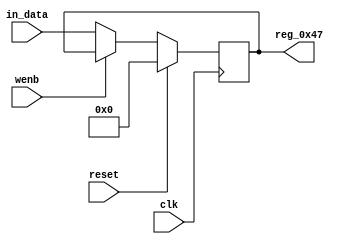
module r_RX_BUF_OBJ5_BYTE_3(output reg [7:0] reg_0x47, input wire reset, input wire wenb, input wire [7:0] in_data, input wire clk);
	always@(posedge clk)
	begin
		if(reset==0) begin
			if(wenb==0)
				reg_0x47<=in_data;
			else
				reg_0x47<=reg_0x47;
		end
		else
			reg_0x47<=8'h00;
	end
endmodule